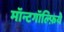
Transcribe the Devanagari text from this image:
मॉन्टगॉल्फ़िये